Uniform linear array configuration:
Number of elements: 16
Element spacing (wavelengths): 1
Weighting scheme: hamming
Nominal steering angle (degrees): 45
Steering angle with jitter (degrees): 43.628
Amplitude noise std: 0.05
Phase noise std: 0.05

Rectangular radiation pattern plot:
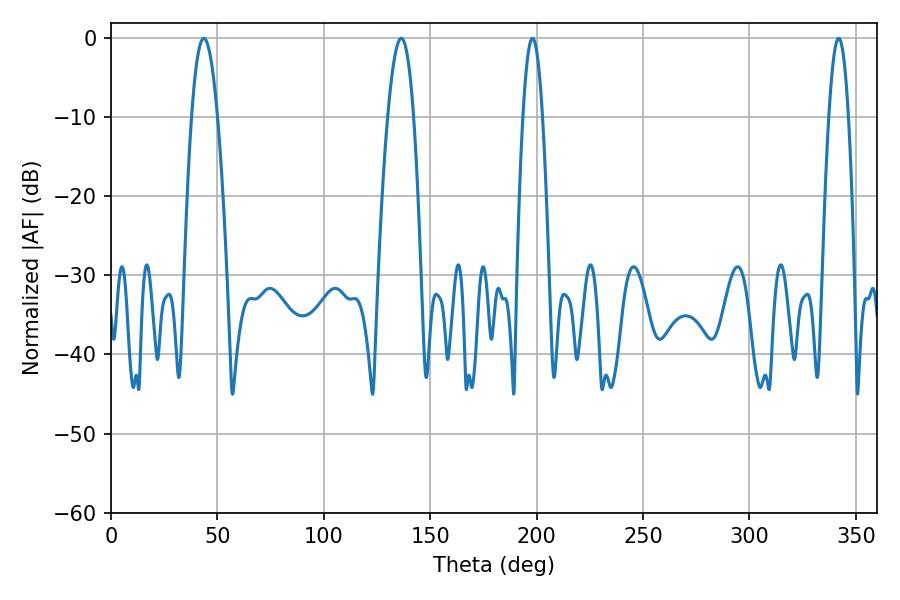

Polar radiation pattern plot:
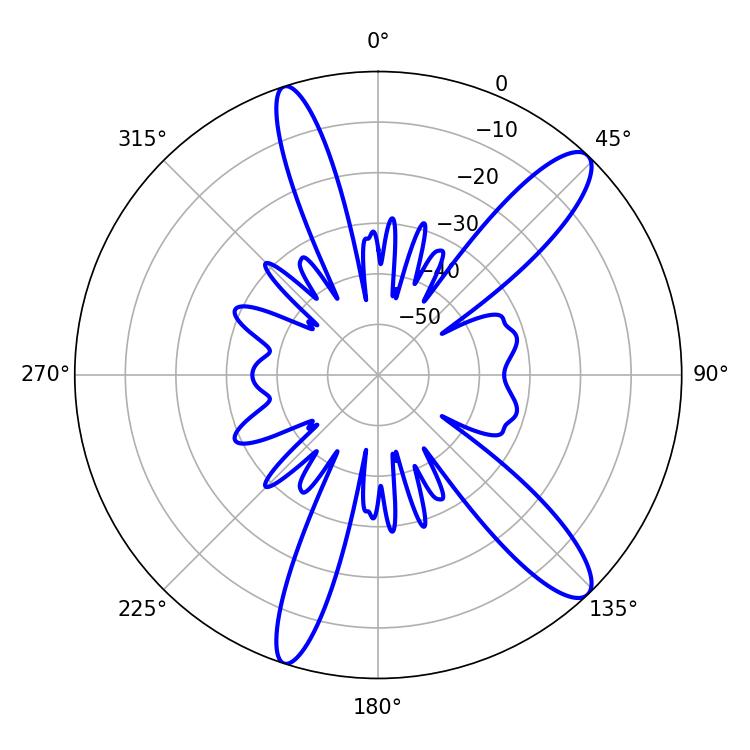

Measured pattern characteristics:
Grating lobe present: TRUE
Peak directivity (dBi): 12.418
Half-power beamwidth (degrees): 6.66
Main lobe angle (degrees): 43.56